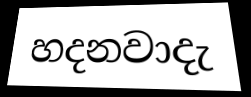
හදනවාදැ